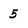
Character: 5